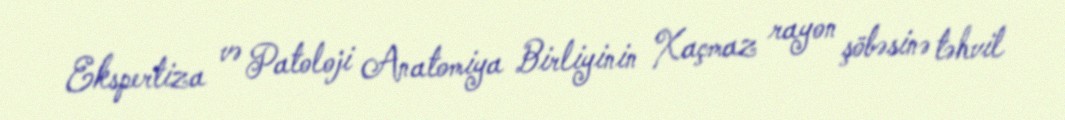
Ekspertiza və Patoloji Anatomiya Birliyinin Xaçmaz rayon şöbəsinə təhvil